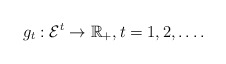
\begin{align*}g_t:\mathcal{E}^t\to\mathbb{R}_+,t=1,2,\ldots.\end{align*}